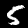
Digit: 5